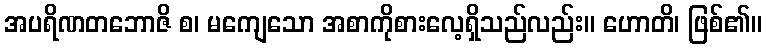
အပရိဏတဘောဇိ စ၊ မကျေသော အစာကိုစားလေ့ရှိသည်လည်း။ ဟောတိ၊ ဖြစ်၏။